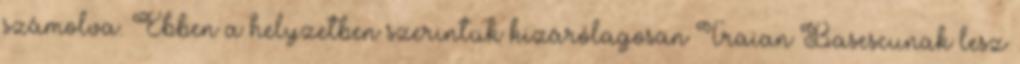
számolva. Ebben a helyzetben szerintük kizárólagosan Traian Basescunak lesz